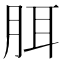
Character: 䏪